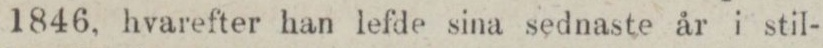
1846, hvarefter han lefde sina sednaste år i stil-